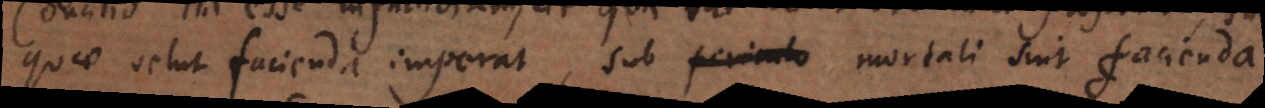
quae velut facienda imperat, sub mortali sint facienda